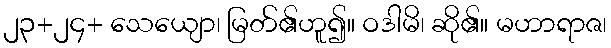
၂၃+၂၄+ သေယျော၊ မြတ်၏ဟူ၍။ ဝဒါမိ၊ ဆို၏။ မဟာရာဇ၊